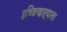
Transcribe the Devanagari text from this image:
इच्छिणाऱ्याला